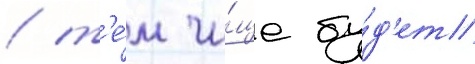
/ т'е́м чи́ще бу́д'ет